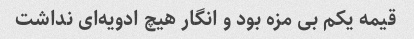
قیمه یکم بی مزه بود و انگار هیچ ادویه‌ای نداشت